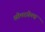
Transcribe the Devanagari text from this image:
सोमरफ़ेल्ड